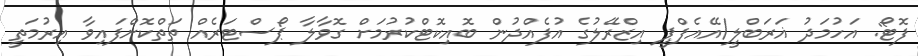
ފޮޓޯ: އަހުމަދު ޣަރަބްލީ/އޭއެފްޕީ އިޒްރޭލުގެ އުފެއްދުން ބޮއިކޮޓްކުރުމަށް ގޮވާލާ ޕޯސްޓަރެއް ތަތްކޮށްފައިވާ އިރުމަތީ